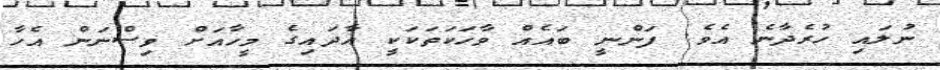
ނުލައި ހުރެދާނެ އެވެ. ފަންނީ ބައެއް ވާހަކަތަކަކީ އާދައިގެ މީހާއަށް ވިސްނަން އެހާ